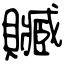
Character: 贓